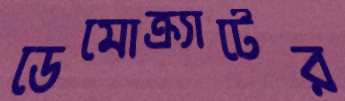
ডেমোক্র্যাটের